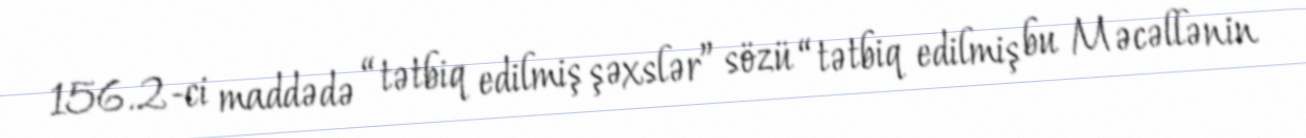
156.2-ci maddədə “tətbiq edilmiş şəxslər” sözü “tətbiq edilmiş bu Məcəllənin